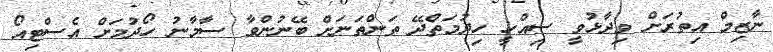
ނާޒިމް އިތުރަށް ވިދާޅުވީ ސިއްހީ ހިދުމަތްދޭ ތަންތަނަށް ބޭނުންވާ ސާމާނު ހޯދުމަށް އެސްޓިއޯ